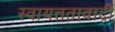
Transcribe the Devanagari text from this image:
स्वायत्ततावादी